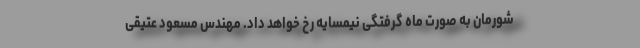
شورمان به صورت ماه گرفتگی نیمسایه رخ خواهد داد. مهندس مسعود عتیقی